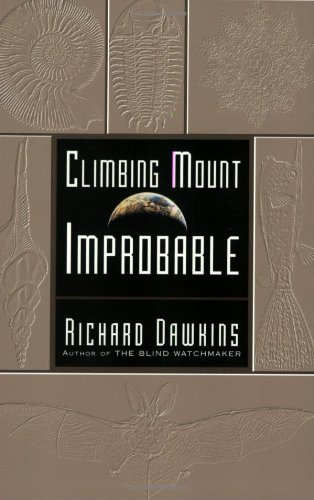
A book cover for Climbing Mount Improbable; Richard Dawkins; Science & Math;